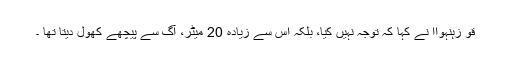
قو زہنہواا نے کہا کہ توجہ نہیں کیا، بلکہ اس سے زیادہ 20 میٹر، آگ سے پیچھے کھول دیتا تھا ۔